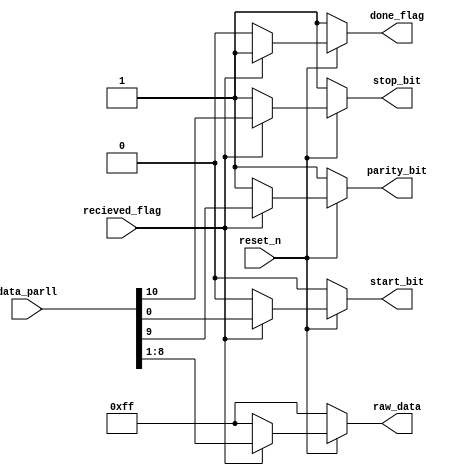
`timescale 1ns / 1ps
//////////////////////////////////////////////////////////////////////////////////
// Company: 
// Engineer: 
// 
// Design Name: 
// Module Name: DeFrame
// Project Name: 
// Target Devices: 
// Tool Versions: 
// Description: 
// 
// Dependencies: 
// 
// Revision:
// Revision 0.01 - File Created
// Additional Comments:
// 
//////////////////////////////////////////////////////////////////////////////////


module DeFrame(reset_n,recieved_flag,data_parll,parity_bit,start_bit,stop_bit,done_flag,raw_data); 
input wire          reset_n,recieved_flag;        //  Active low reset, enable indicates when data is in progress.
input wire  [10:0]  data_parll;     //  Data frame passed from the sipo unit.
output reg          parity_bit,start_bit,stop_bit,done_flag;     //  The parity bit separated from the data frame,  The Start bit separated from the data frame.
 //  The Stop bit separated from the data frame, Indicates that the data is recieved and ready for another data packet.
output reg  [7:0]   raw_data;        //  The 8-bits data separated from the data frame.


//  -Deframing- Output Data & parity bit logic with Asynchronous Reset 
always @(*) 
begin
  if (~reset_n) 
  begin
    //  Idle
    raw_data     <= {8{1'b1}};
    parity_bit   <= 1'b1;
    start_bit    <= 1'b0;
    stop_bit     <= 1'b1;
    done_flag    <= 1'b1;
  end
  else
  begin
    if (recieved_flag)
    begin
      start_bit  <= data_parll[0];
      raw_data   <= data_parll[8:1];
      parity_bit <= data_parll[9];
      stop_bit   <= data_parll[10];
      done_flag  <= 1'b1;
    end
    else 
    begin
      //  Idle
      raw_data   <= {8{1'b1}};
      parity_bit <= 1'b1;
      start_bit  <= 1'b0;
      stop_bit   <= 1'b1;
      done_flag  <= 1'b0;
    end
  end
end

    
endmodule